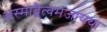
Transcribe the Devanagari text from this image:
अस्माद्वैत्वमजायथा